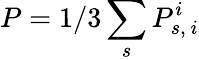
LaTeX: P=1/3\sum_{s}P_{s,~i}^{i}